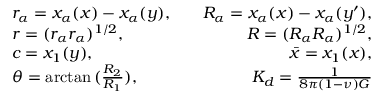
\begin{array} { r l r } & { r _ { \alpha } = x _ { \alpha } ( \boldsymbol { x } ) - x _ { \alpha } ( \boldsymbol { y } ) , \quad } & { R _ { \alpha } = x _ { \alpha } ( \boldsymbol { x } ) - x _ { \alpha } ( \boldsymbol { y } ^ { \prime } ) , } \\ & { r = ( r _ { \alpha } r _ { \alpha } ) ^ { 1 / 2 } , \quad } & { R = ( R _ { \alpha } R _ { \alpha } ) ^ { 1 / 2 } , } \\ & { c = x _ { 1 } ( \boldsymbol { y } ) , \quad } & { \bar { x } = x _ { 1 } ( \boldsymbol { x } ) , } \\ & { \theta = \arctan { ( \frac { R _ { 2 } } { R _ { 1 } } ) } , \quad } & { K _ { d } = \frac { 1 } { 8 \pi ( 1 - \nu ) G } } \end{array}